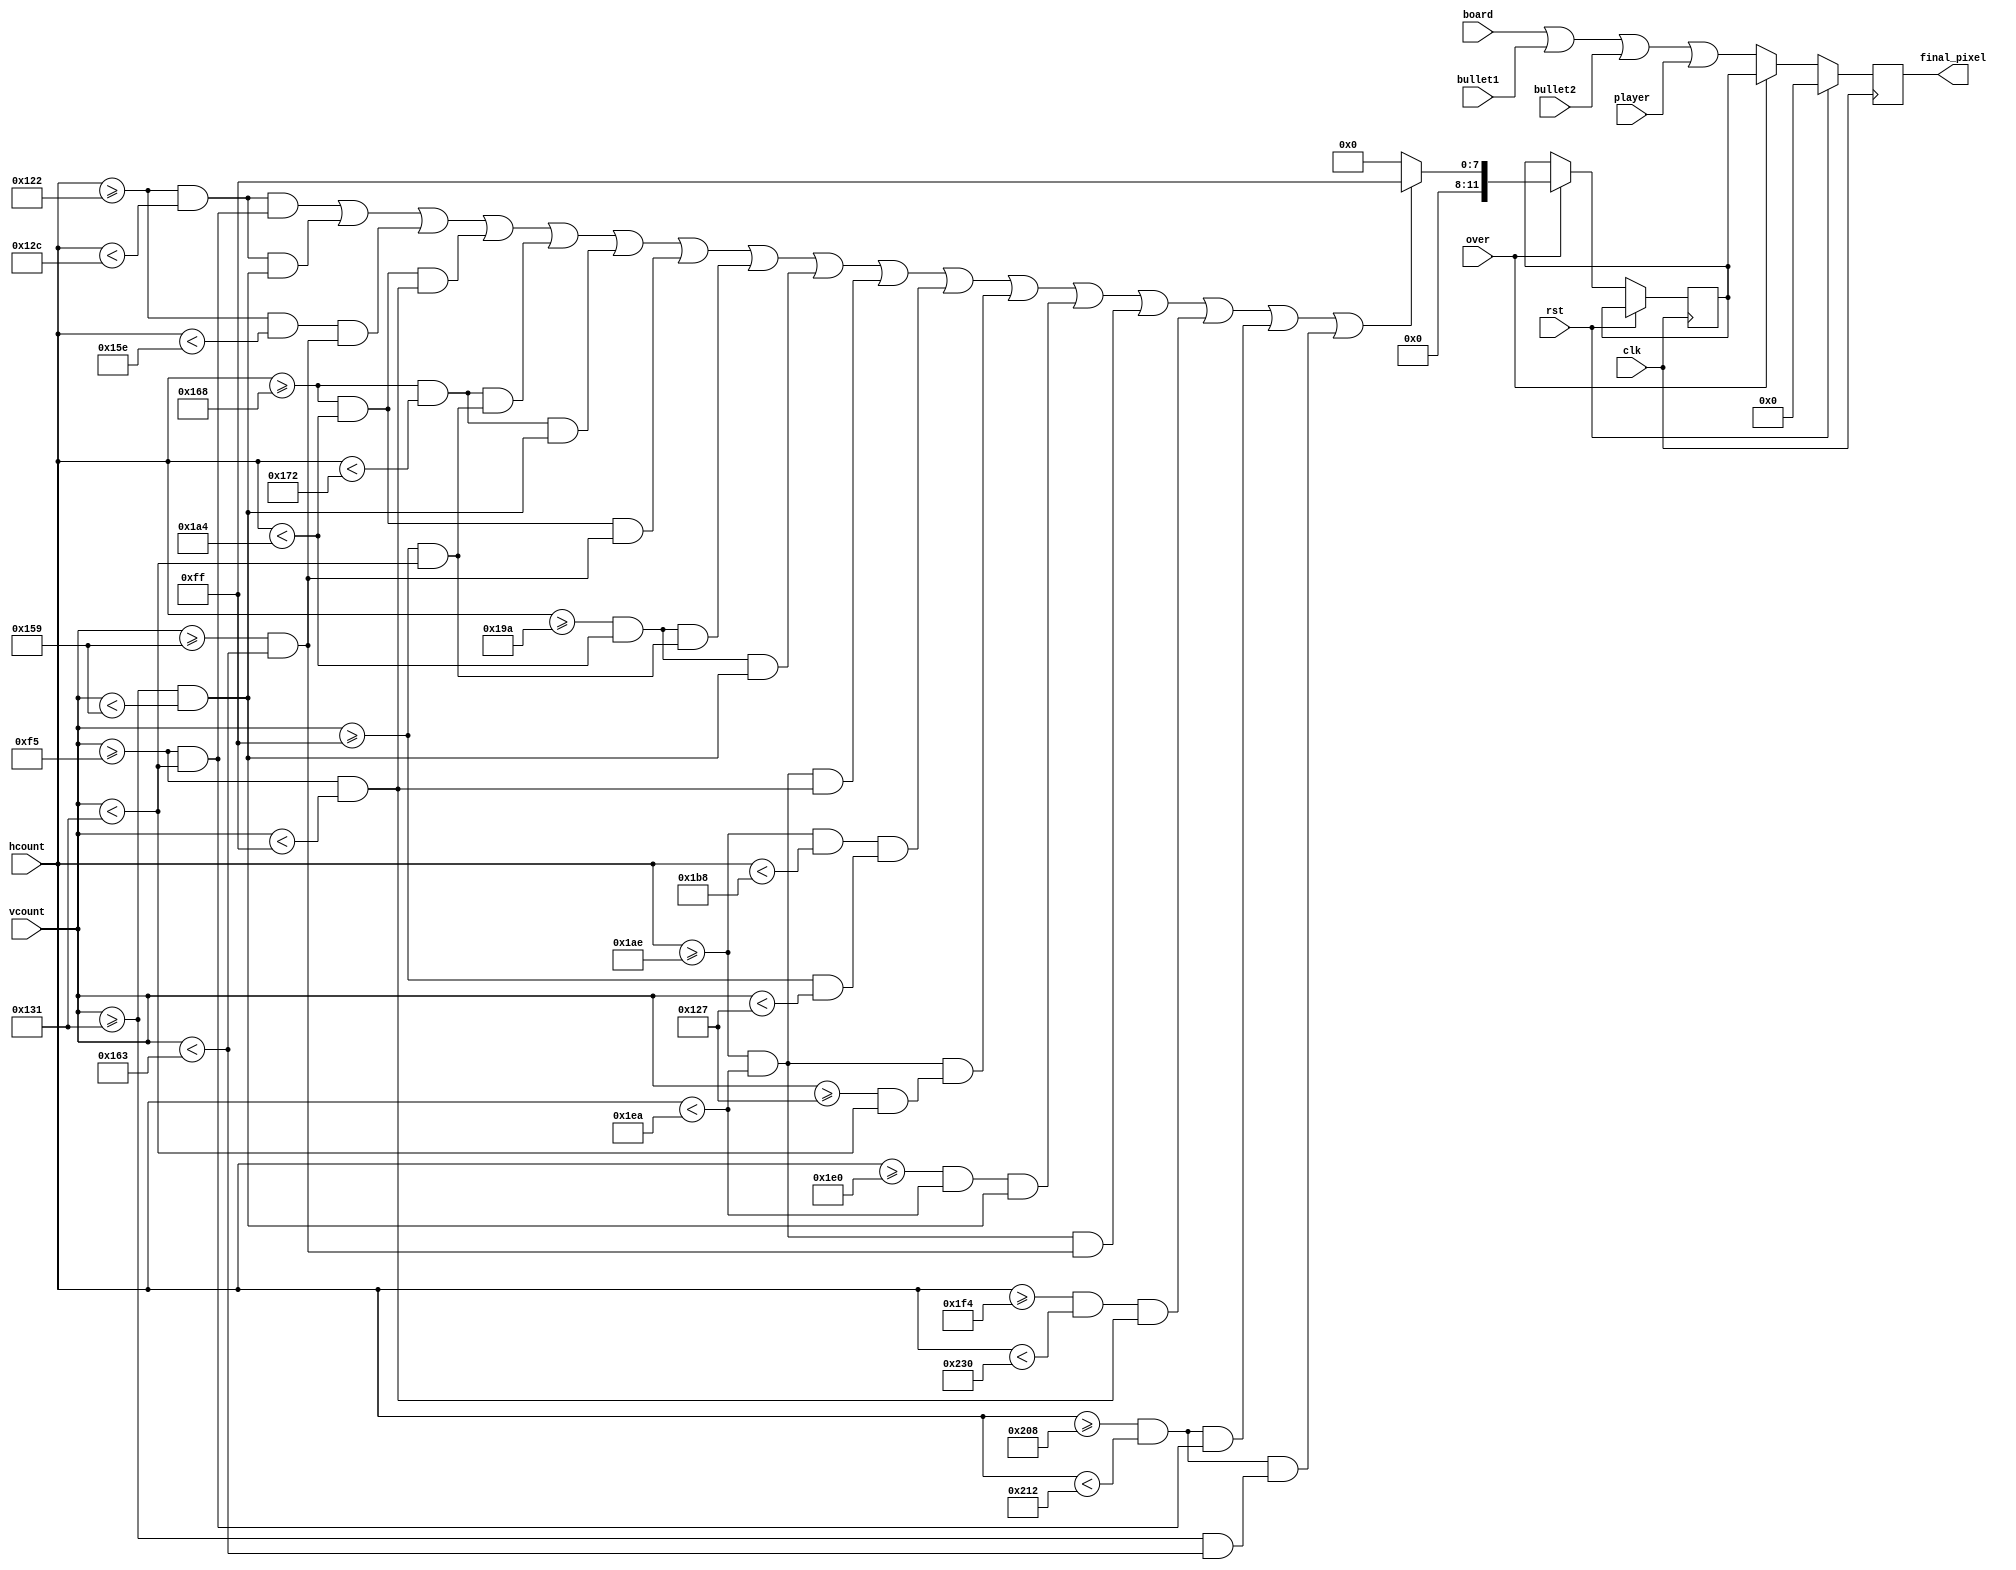
`timescale 1ns / 1ps
//////////////////////////////////////////////////////////////////////////////////
// Company: 
// Engineer: 
// 
// Design Name: 
// Module Name: final_out
// Project Name: 
// Target Devices: 
// Tool Versions: 
// Description: 
// 
// Dependencies: 
// 
// Revision:
// Revision 0.01 - File Created
// Additional Comments:
// 
//////////////////////////////////////////////////////////////////////////////////


module final_out#(parameter WIDTH = 10,   
               HEIGHT = 40)(
    clk,
    rst,
    bullet1,
    bullet2,
    player,
    board,
    final_pixel,
    over,
    hcount,
    vcount
    );
    
    
    
    input clk;
    input rst;
    input [11:0]bullet1;
    input [11:0]bullet2;
    input [11:0]player;
    input [11:0]board;
    input [10:0]hcount;
    input [9:0]vcount;
    input over;
    output reg [11:0]final_pixel;
    
    reg [11:0]pixel_reg;
    
    
    reg [7:0] x = 120;
    reg [7:0] y = 245;
    
    
    always@(posedge clk)
    begin
        if(rst)final_pixel<=0;
        else
            if(over==0)
             final_pixel <= board | bullet1 | bullet2 | player;
            else
            begin
                if(over==1)
                  if (
                                    ((hcount >= (x + 5*WIDTH + 3*HEIGHT) && hcount < (x + 6*WIDTH + 3*HEIGHT)) && (vcount >= y && vcount < (y + 2*WIDTH + HEIGHT))) || //upper left vertical line                                     |
                                    ((hcount >= (x + 5*WIDTH + 3*HEIGHT) && hcount < (x + 6*WIDTH + 3*HEIGHT)) && (vcount >= (y + 2*WIDTH + HEIGHT) && vcount < (y + 2*WIDTH + 2*HEIGHT))) || //lower left vertical line   |
                                    ((hcount >= (x + 5*WIDTH + 3*HEIGHT) && hcount < (x + 7*WIDTH + 4*HEIGHT)) && (vcount >= (y + 2*WIDTH + 2*HEIGHT) && vcount < (y + 3*WIDTH + 2*HEIGHT))) || //lower horizontal line    +-----
                                    ((hcount >= (x + 8*WIDTH + 4*HEIGHT) && hcount < (x + 10*WIDTH + 5*HEIGHT)) && (vcount >= y && vcount < (y + WIDTH))) || //upper horizontal line                                                    +----+
                                    ((hcount >= (x + 8*WIDTH + 4*HEIGHT) && hcount < (x + 9*WIDTH + 4*HEIGHT)) && (vcount >= (y + WIDTH) && vcount < (y + 2*WIDTH + HEIGHT))) || //upper left vertical line                    |    |
                                    ((hcount >= (x + 8*WIDTH + 4*HEIGHT) && hcount < (x + 9*WIDTH + 4*HEIGHT)) && (vcount >= (y + 2*WIDTH + HEIGHT) && vcount < (y + 2*WIDTH + 2*HEIGHT))) || //lower left vertical line   |    |
                                    ((hcount >= (x + 8*WIDTH + 4*HEIGHT) && hcount < (x + 10*WIDTH + 5*HEIGHT)) && (vcount >= (y + 2*WIDTH + 2*HEIGHT) && vcount < (y + 3*WIDTH + 2*HEIGHT))) || //lower horizontal line   |    |
                                    ((hcount >= (x + 9*WIDTH + 5*HEIGHT) && hcount < (x + 10*WIDTH + 5*HEIGHT)) && (vcount >= (y + WIDTH) && vcount < (y + 2*WIDTH + HEIGHT))) || //upper right vertical line                    +----+
                                    ((hcount >= (x + 9*WIDTH + 5*HEIGHT) && hcount < (x + 10*WIDTH + 5*HEIGHT)) && (vcount >= (y + 2*WIDTH + HEIGHT) && vcount < (y + 2*WIDTH + 2*HEIGHT))) ||//lower right vertical line  +----+
                                    ((hcount >= (x + 11*WIDTH + 5*HEIGHT) && hcount < (x + 13*WIDTH + 6*HEIGHT)) && (vcount >= y && vcount < (y + WIDTH))) || //upper horizontal line                                                     |
                                    ((hcount >= (x + 11*WIDTH + 5*HEIGHT) && hcount < (x + 12*WIDTH + 5*HEIGHT)) && (vcount >= (y + WIDTH) && vcount < (y + WIDTH + HEIGHT))) || //upper left vertical line                     +----+
                                    ((hcount >= (x + 11*WIDTH + 5*HEIGHT) && hcount < (x + 13*WIDTH + 6*HEIGHT)) && (vcount >= (y + WIDTH + HEIGHT) && vcount < (y + 2*WIDTH + HEIGHT))) || //middle vertical line                     |
                                    ((hcount >= (x + 12*WIDTH + 6*HEIGHT) && hcount < (x + 13*WIDTH + 6*HEIGHT)) && (vcount >= (y + 2*WIDTH + HEIGHT) && vcount < (y + 2*WIDTH + 2*HEIGHT))) || //lower right                  +----+        
                                    ((hcount >= (x + 11*WIDTH + 5*HEIGHT) && hcount < (x + 13*WIDTH + 6*HEIGHT)) && (vcount >= (y + 2*WIDTH + 2*HEIGHT) && vcount < (y + 3*WIDTH + 2*HEIGHT))) ||//lower horizontal line     +-+--+
                                    ((hcount >= (x + 14*WIDTH + 6*HEIGHT) && hcount < (x + 16*WIDTH + 7*HEIGHT)) && (vcount >= y && vcount < (y + WIDTH))) || //upper horizontal line                                                         |
                                    ((hcount >= (x + 14*WIDTH + 6*HEIGHT + HEIGHT/2) && hcount < (x + 15*WIDTH + 6*HEIGHT + HEIGHT/2)) && (vcount >= y && vcount < (y + 2*WIDTH + HEIGHT))) || //upper right vertical line                    |
                                    ((hcount >= (x + 14*WIDTH + 6*HEIGHT + HEIGHT/2) && hcount < (x + 15*WIDTH + 6*HEIGHT + HEIGHT/2)) && (vcount >= (y + 2*WIDTH + HEIGHT) && vcount < (y + 3*WIDTH + 2*HEIGHT)))//lower right             |
                                   )
                                   pixel_reg <= 12'h0FF;
                               else 
                                   pixel_reg <= 12'b0;
                  final_pixel<=pixel_reg;     
       end
    end
    
endmodule